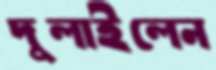
দুলাইলেন